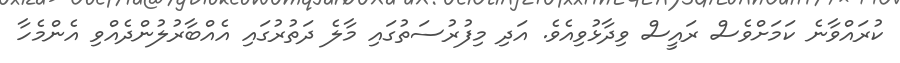
ކުރައްވާނެ ކަމަށްވެސް ރައީސް ވިދާޅުވިއެވެ. އަދި މިފުރުސަތުގައި މާލެ ދަތުރުގައި އެއްބާރުލުންދެއްވި އެންމެހާ